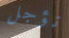
نؤجل